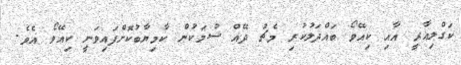
ކަގްލިއާރީ އާއި ކިއޭވޯ ބައްދަލުކުރި މެޗު ދޭއް ސުމަކުން ކާމިޔާބުކޮށްފައިވަނީ ކިއޭވޯ އެވެ.